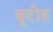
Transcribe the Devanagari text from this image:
बुटोह